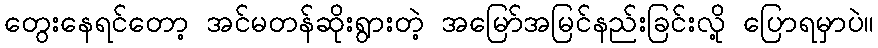
တွေးနေရင်တော့ အင်မတန်ဆိုးရွားတဲ့ အမြော်အမြင်နည်းခြင်းလို့ ပြောရမှာပဲ။